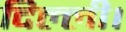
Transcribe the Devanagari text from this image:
दिल्‍ली।